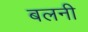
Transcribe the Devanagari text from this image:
बलनी